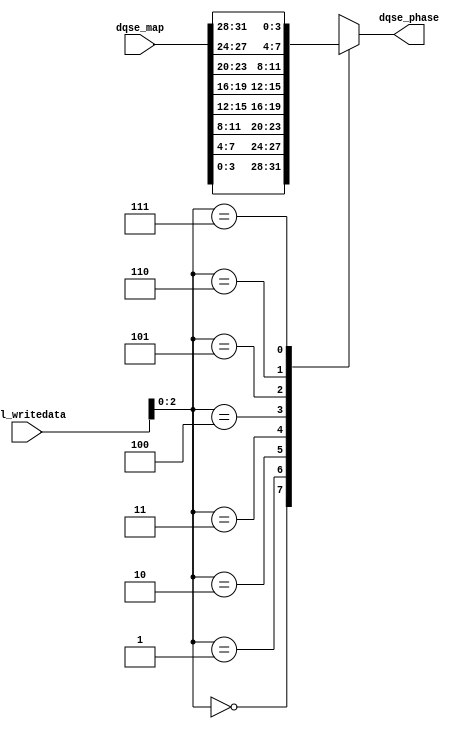
// (C) 2001-2016 Intel Corporation. All rights reserved.
// Your use of Intel Corporation's design tools, logic functions and other 
// software and tools, and its AMPP partner logic functions, and any output 
// files any of the foregoing (including device programming or simulation 
// files), and any associated documentation or information are expressly subject 
// to the terms and conditions of the Intel Program License Subscription 
// Agreement, Intel MegaCore Function License Agreement, or other applicable 
// license agreement, including, without limitation, that your use is for the 
// sole purpose of programming logic devices manufactured by Intel and sold by 
// Intel or its authorized distributors.  Please refer to the applicable 
// agreement for further details.


// (C) 2001-2011 Altera Corporation. All rights reserved.
// Your use of Altera Corporation's design tools, logic functions and other 
// software and tools, and its AMPP partner logic functions, and any output 
// files any of the foregoing (including device programming or simulation 
// files), and any associated documentation or information are expressly subject 
// to the terms and conditions of the Altera Program License Subscription 
// Agreement, Altera MegaCore Function License Agreement, or other applicable 
// license agreement, including, without limitation, that your use is for the 
// sole purpose of programming logic devices manufactured by Altera and sold by 
// Altera or its authorized distributors.  Please refer to the applicable 
// agreement for further details.

`timescale 1 ps / 1 ps

module seq_scc_hhp_phase_decode
	# (parameter
    
	AVL_DATA_WIDTH          =   32,
	DLL_DELAY_CHAIN_LENGTH  =   8
        
	)
	(
    
	avl_writedata,
	dqse_phase,
	dqse_map
    
);

	input [AVL_DATA_WIDTH - 1:0] avl_writedata;
	input [32-1:0] dqse_map;

	// Arria V and Cyclone V only have dqse_phase control

	// phase decoding:
	//   [3]   enadqsenablephasetransferreg
	//   [2]   dqsenablectrlphaseinvert
	//   [1:0] dqsenablectrlphasesetting 
	output [3:0] dqse_phase;
	reg [3:0] dqse_phase;

`ifdef NOTDEF
	always @ (*) begin

		// DQSE = 270
		dqse_phase = 4'b0110;

		case (avl_writedata[2:0])
		3'b000: // DQSE = 90
			begin
				dqse_phase = 4'b0010;
			end
		3'b001: // DQSE = 135
			begin
				dqse_phase = 4'b0011;
			end
		3'b010: // DQSE = 180
			begin
				dqse_phase = 4'b0100;
			end
		3'b011: // DQSE = 225
			begin
				dqse_phase = 4'b0101;
			end
		3'b100: // DQSE = 270
			begin
				dqse_phase = 4'b0110;
			end
		3'b101: // DQSE = 315
			begin
				dqse_phase = 4'b1111;
			end
		3'b110: // DQSE = 360
			begin
				dqse_phase = 4'b1000;
			end
		3'b111: // DQSE = 405
			begin
				dqse_phase = 4'b1001;
			end
		default : begin end
		endcase
	end
`else
	always @ (*) begin
		case (avl_writedata[2:0])
		0: dqse_phase = dqse_map[ 3: 0];
		1: dqse_phase = dqse_map[ 7: 4];
		2: dqse_phase = dqse_map[11: 8];
		3: dqse_phase = dqse_map[15:12];
		4: dqse_phase = dqse_map[19:16];
		5: dqse_phase = dqse_map[23:20];
		6: dqse_phase = dqse_map[27:24];
		7: dqse_phase = dqse_map[31:28];
		default: dqse_phase = 0;
		endcase
	end
`endif

endmodule